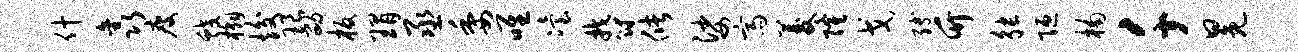
什鑫瘦蛟槲竣琅劭板瑁丞委唯冶郁储娑斋菱隆戈缚竹觖陋楠千冕